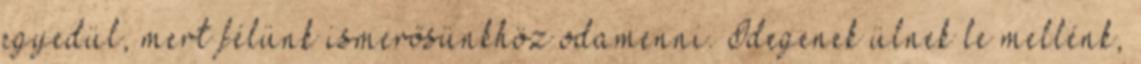
egyedül, mert félünk ismerősünkhöz odamenni. Idegenek ülnek le mellénk,